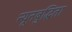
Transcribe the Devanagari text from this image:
न्यूनबुद्धिता